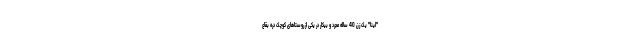
"لینا" یک زن 40 ساله مجرد و بیکار در یکی از روستاهای کوچک دره بقاع